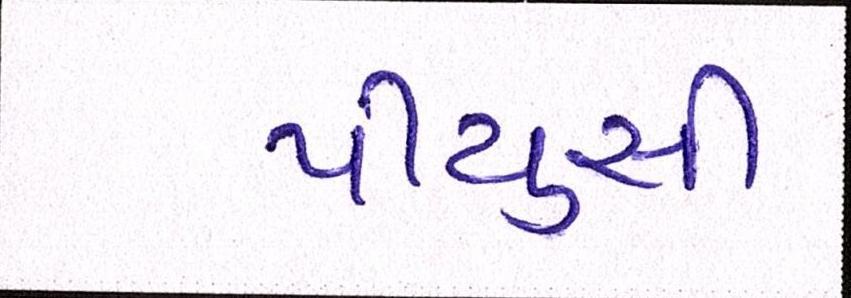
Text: પીયુસી